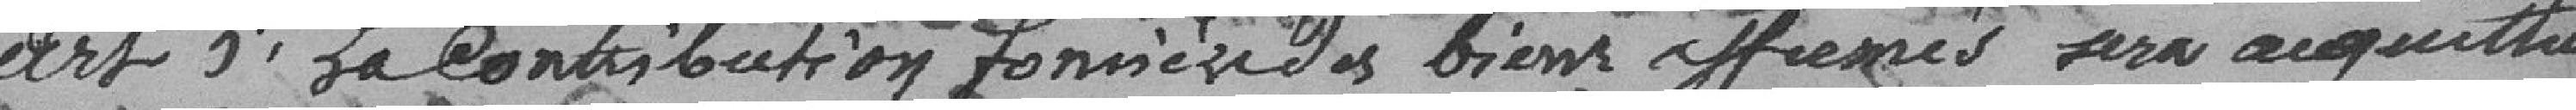
Art. 5 La Contribution foncière des biens affermés sera acquittée